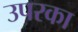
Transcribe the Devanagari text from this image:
उपरका